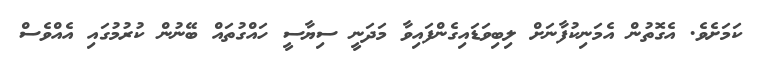
ކަމަށެވެ. އެގޮތުން އެމަނިކުފާނަށް ލިބިވަޑައިގެންފައިވާ މަދަނީ ސިޔާސީ ހައްގުތައް ބޭނުން ކުރުމުގައި އެއްވެސް